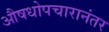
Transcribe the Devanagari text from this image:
औषधोपचारानंतर